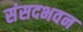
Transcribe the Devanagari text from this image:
संसदभवन